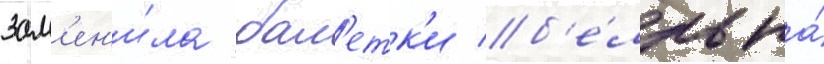
зам'ен'и́ла бал'етк'и б'е́лль на́